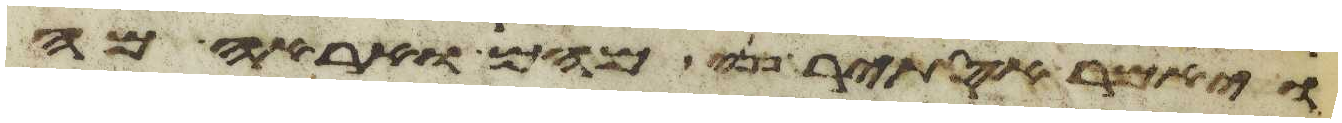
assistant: ויאמר אסתיר פני מהם ואראה מה